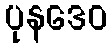
ပုနဒေဝ